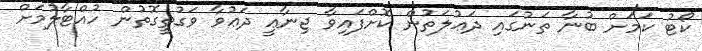
ކޯޓު ކަމަށް ބުނާ ތަނުގައި ދަޢުލަތުން ކޮށްފައިވާ ޖިނާޢީ ދަޢުވާ ވަގުތީގޮތުން ހުއްޓާލުމަށް